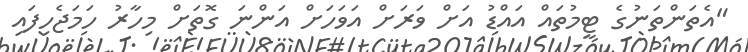
"އެތަންތަނުގެ ޓީމުތައް އައްޑު އަށް ވަރަށް އަވަހަށް އަންނަ ގޮތަށް މިހާރު ހަމަޖެހިފައި